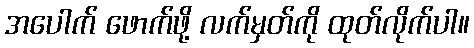
အပေါက် ဖောက်ဖို့ လက်မှတ်ကို ထုတ်လိုက်ပါ။